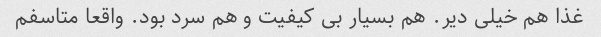
غذا هم خیلی دیر. هم بسیار بی کیفیت و هم سرد بود. واقعا متاسفم